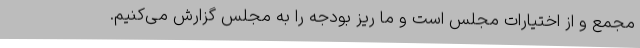
مجمع و از اختیارات مجلس است و ما ریز بودجه را به مجلس گزارش می‌کنیم.